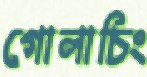
গোলাচিং